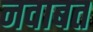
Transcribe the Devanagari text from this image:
नवाबत